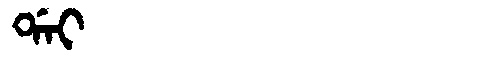
Manchu: ᡩᠠᡳ
Romanization: DAI